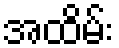
အထိမ်း